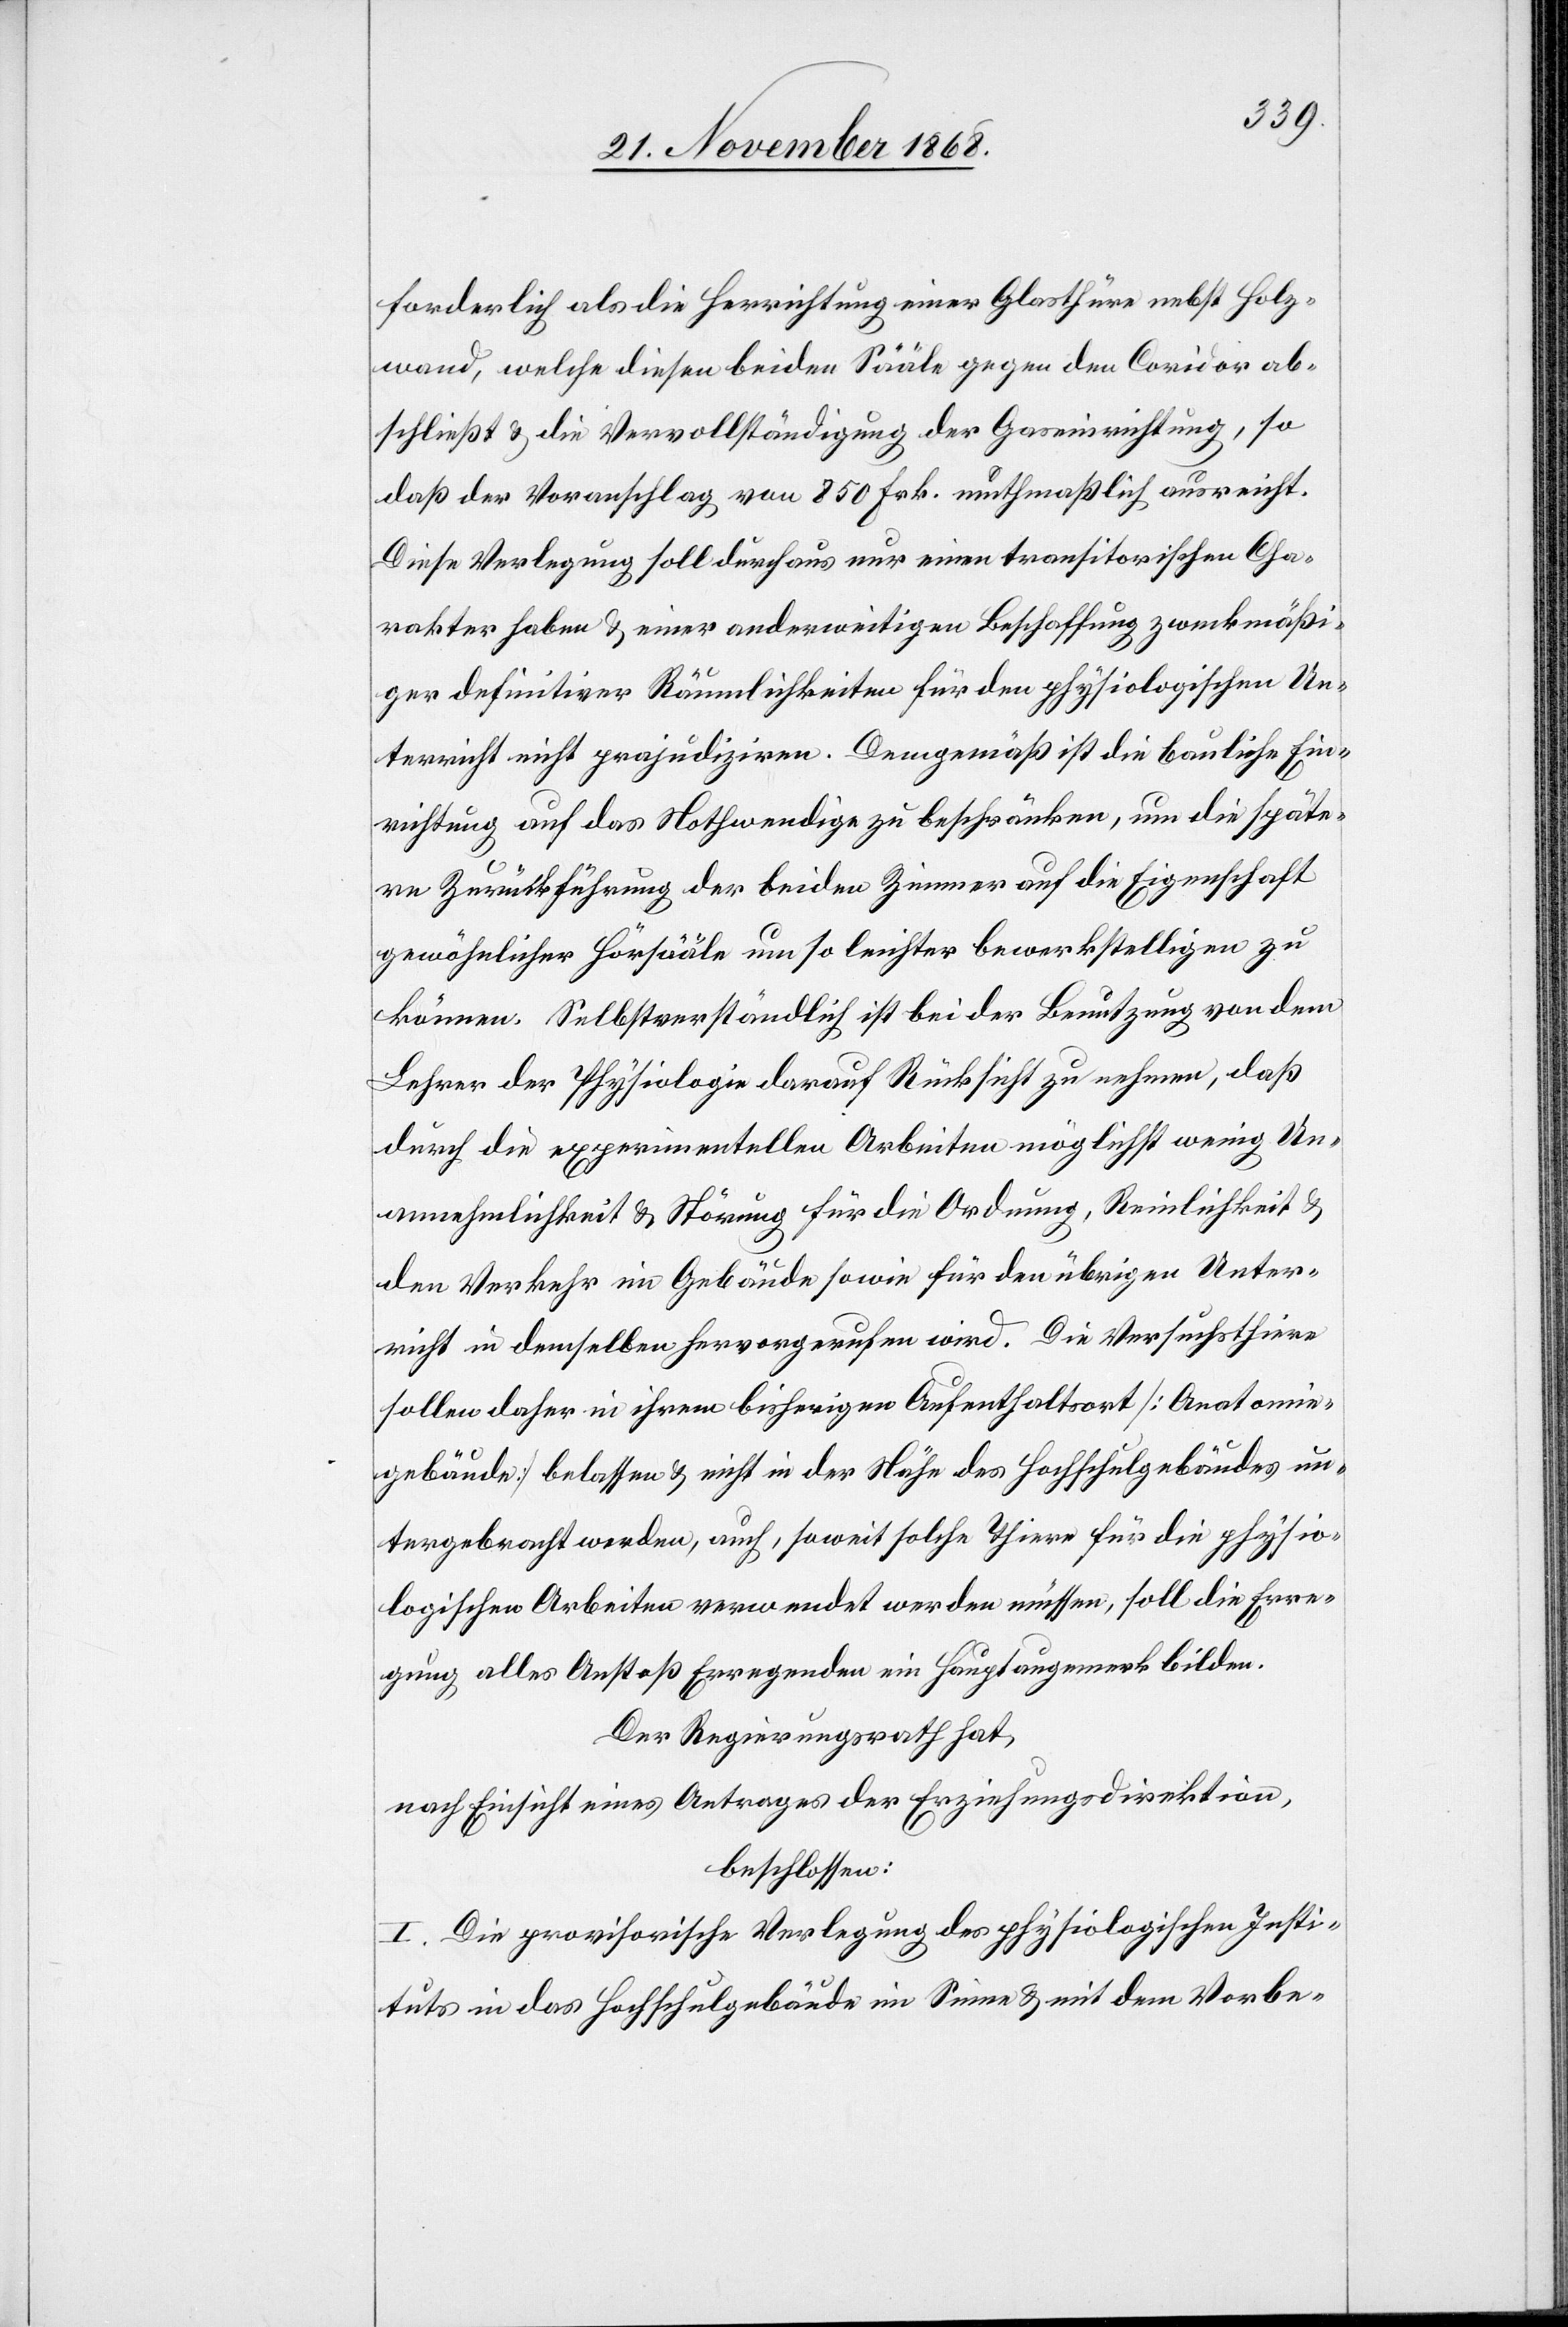
forderlich als die Herrichtung einer Glasthüre nebst Holz¬
wand, welche diesen beiden Sääle gegen den Coridor ab¬
schließt & die Vervollständigung der Gaseinrichtung, so
daß der Voranschlag von 850 Frk. muthmaßlich ausreicht.
Diese Verlegung soll durchaus nur einen transitorischen Cha¬
rakter haben & einer anderweitigen Beschaffung zweckmäßi¬
ger definitiver Räumlichkeiten für den physiologischen Un¬
terricht nicht prajudiziren. Demgemäß ist die bauliche Ein¬
richtung auf das Nothwendige zu beschränken, um die späte¬
re Zurückführung der beiden Zimmer auf die Eigenschaft
gewöhnlicher Hörsääle um so leichter bewerkstelligen zu
können. Selbstverständlich ist bei der Benutzung von dem
Lehrer der Physiologie darauf Rücksicht zu nehmen, daß
durch die experimentellen Arbeiten möglichst wenig Un¬
annehmlichkeit & Störung für die Ordnung, Reinlichkeit &
den Verkehr im Gebäude sowie für den übrigen Unter¬
richt in demselben hervorgerufen wird. Die Versuchsthiere
sollen daher in ihrem bisherigen Aufenthaltsort [Anatomie¬
gebäude] belassen & nicht in der Nähe des Hochschulgebäudes un¬
tergebracht werden, auch, soweit solche Thiere für die physio¬
logischen Arbeiten verwendet werden müssen, soll die Erre¬
gung alles Anstoß Erregenden ein Hauptauge[n]merk bilden.
Der Regierungsrath hat,
nach Einsicht eines Antrages der Erziehungsdirektion,
beschlossen:
I. Die provisorische Verlegung des physiologischen Insti¬
tuts in das Hochschulgebäude im Sinne & mit dem Vorbe-